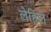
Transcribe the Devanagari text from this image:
लेहिले